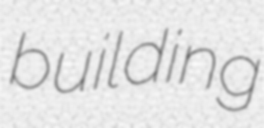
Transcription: building